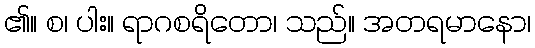
၏။ စ၊ ပါး။ ရာဂစရိတော၊ သည်။ အတရမာနော၊